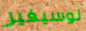
لوسيفير